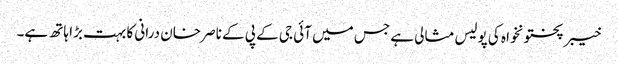
خیبر پختونخواہ کی پولیس مثالی ہے جس میں آئی جی کے پی کے ناصر خان درانی کا بہت بڑا ہاتھ ہے۔